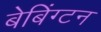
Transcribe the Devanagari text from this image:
बेबिंग्टन